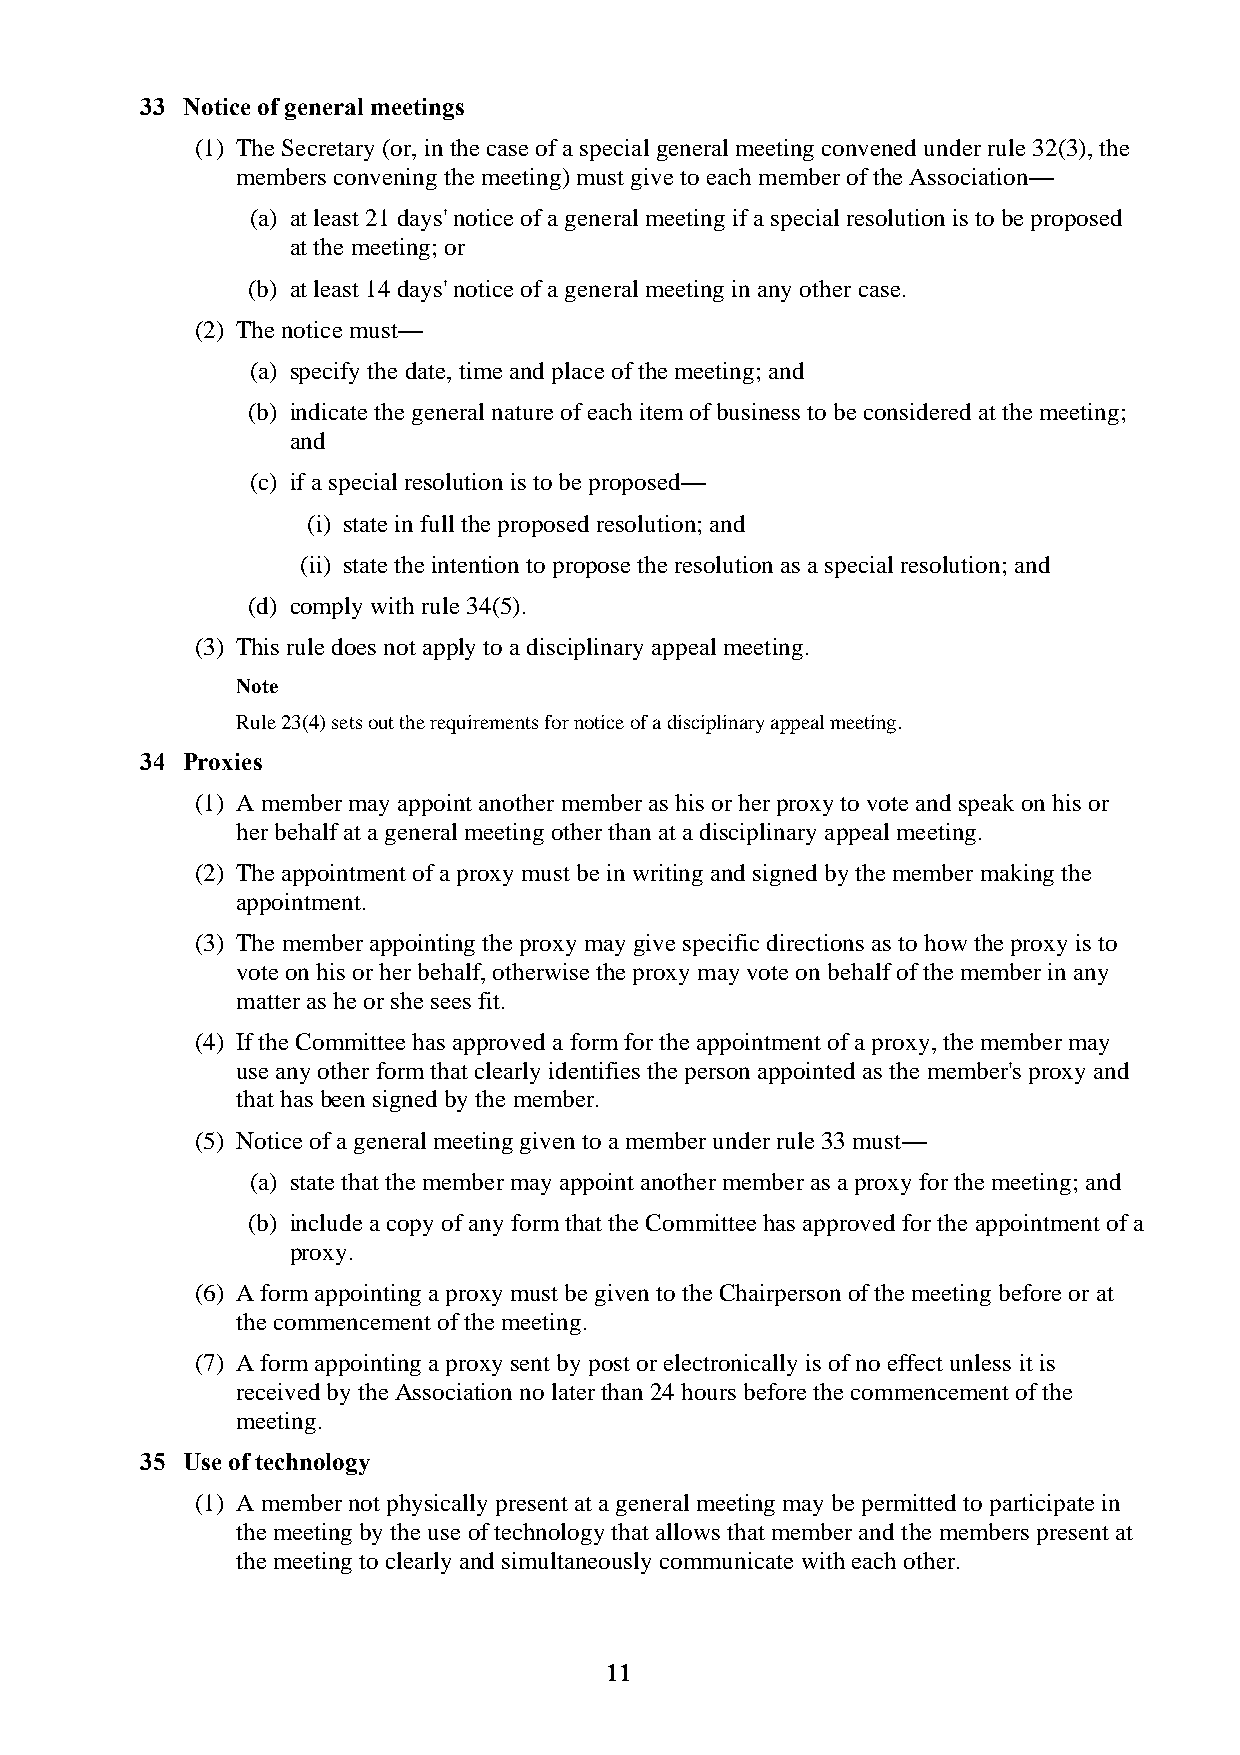
33 Notice of general meetings
 (1) The Secretary (or, in the case of a special general meeting convened under rule 32(3), the
 members convening the meeting) must give to each member of the Association—
 (a) at least 21 days' notice of a general meeting if a special resolution is to be proposed
 at the meeting; or
 (b) at least 14 days' notice of a general meeting in any other case.
 (2) The notice must—
 (a) specify the date, time and place of the meeting; and
 (b) indicate the general nature of each item of business to be considered at the meeting;
 and
 (c) if a special resolution is to be proposed—
 (i) state in full the proposed resolution; and
 (ii) state the intention to propose the resolution as a special resolution; and
 (d) comply with rule 34(5).
 (3) This rule does not apply to a disciplinary appeal meeting.
 Note
 Rule 23(4) sets out the requirements for notice of a disciplinary appeal meeting.
 34 Proxies
 (1) A member may appoint another member as his or her proxy to vote and speak on his or
 her behalf at a general meeting other than at a disciplinary appeal meeting.
 (2) The appointment of a proxy must be in writing and signed by the member making the
 appointment.
 (3) The member appointing the proxy may give specific directions as to how the proxy is to
 vote on his or her behalf, otherwise the proxy may vote on behalf of the member in any
 matter as he or she sees fit.
 (4) If the Committee has approved a form for the appointment of a proxy, the member may
 use any other form that clearly identifies the person appointed as the member's proxy and
 that has been signed by the member.
 (5) Notice of a general meeting given to a member under rule 33 must—
 (a) state that the member may appoint another member as a proxy for the meeting; and
 (b) include a copy of any form that the Committee has approved for the appointment of a
 proxy.
 (6) A form appointing a proxy must be given to the Chairperson of the meeting before or at
 the commencement of the meeting.
 (7) A form appointing a proxy sent by post or electronically is of no effect unless it is
 received by the Association no later than 24 hours before the commencement of the
 meeting.
 35 Use of technology
 (1) A member not physically present at a general meeting may be permitted to participate in
 the meeting by the use of technology that allows that member and the members present at
 the meeting to clearly and simultaneously communicate with each other.
 11